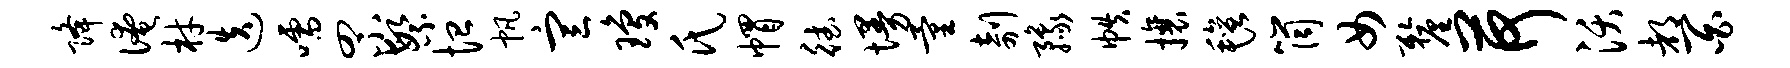
降淹材迭嚅罘繁恤帆宣琼氏帽德墁量剞豫帙攘毡筒女厘荷沃都百